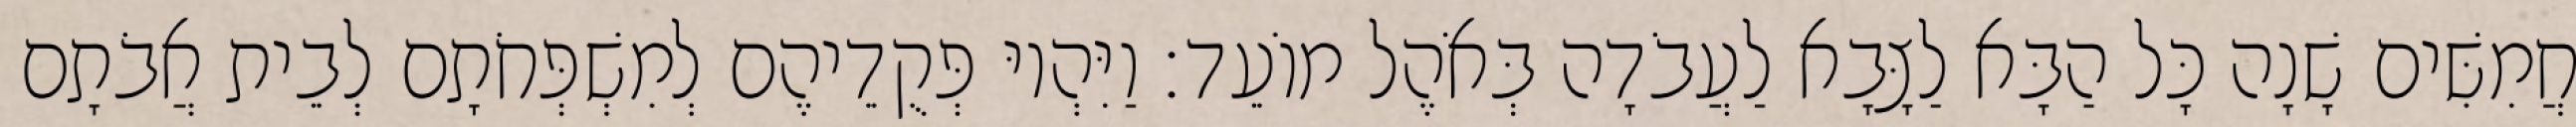
חֲמִשִּׁים שָׁנָה כָּל הַבָּא לַצָּבָא לַעֲבֹדָה בְּאֹהֶל מוֹעֵד׃ וַיִּהְיוּ פְּקֻדֵיהֶם לְמִשְׁפְּחֹתָם לְבֵית אֲבֹתָם